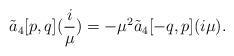
LaTeX: \begin{align*}\tilde a_{4}[p,q](\frac{i}{\mu})=-\mu^{2} \tilde a_{4}[-q,p](i\mu).\end{align*}